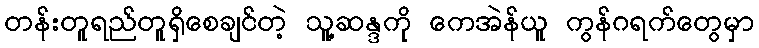
တန်းတူရည်တူရှိစေချင်တဲ့ သူ့ဆန္ဒကို ကေအဲန်ယူ ကွန်ဂရက်တွေမှာ